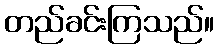
တည်ခင်းကြသည်။